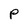
Character: p